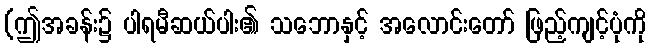
(ဤအခန်း၌ ပါရမီဆယ်ပါး၏ သဘောနှင့် အလောင်းတော် ဖြည့်ကျင့်ပုံကို